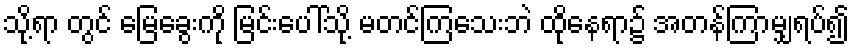
သို့ရာ တွင် မြေခွေးကို မြင်းပေါ်သို့ မတင်ကြသေးဘဲ ထိုနေရာ၌ အတန်ကြာမျှရပ်၍